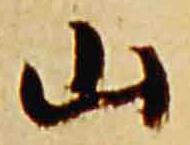
山